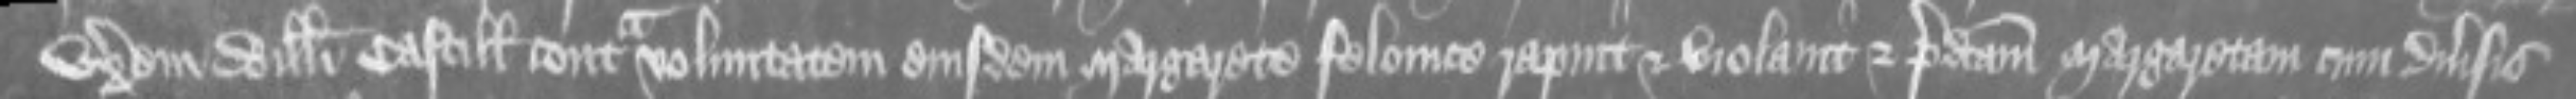
uxorem Willelmi Castill contra voluntatem eiusdem Margarete felonice rapuit et violavit et predictam Margaretam cum diversis